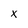
Character: X